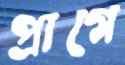
প্রাগে